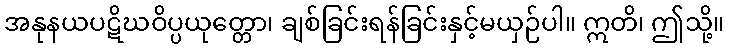
အနုနယပဋိဃဝိပ္ပယုတ္တော၊ ချစ်ခြင်းရန်ခြင်းနှင့်မယှဉ်ပါ။ ဣတိ၊ ဤသို့။